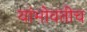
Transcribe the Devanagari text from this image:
यांभोवतीच